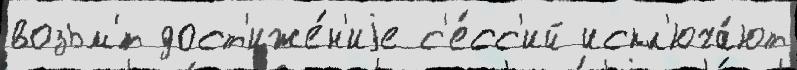
возьм'́т дост'иже́н'иjе с'е́сс'ий искл'юча́ют